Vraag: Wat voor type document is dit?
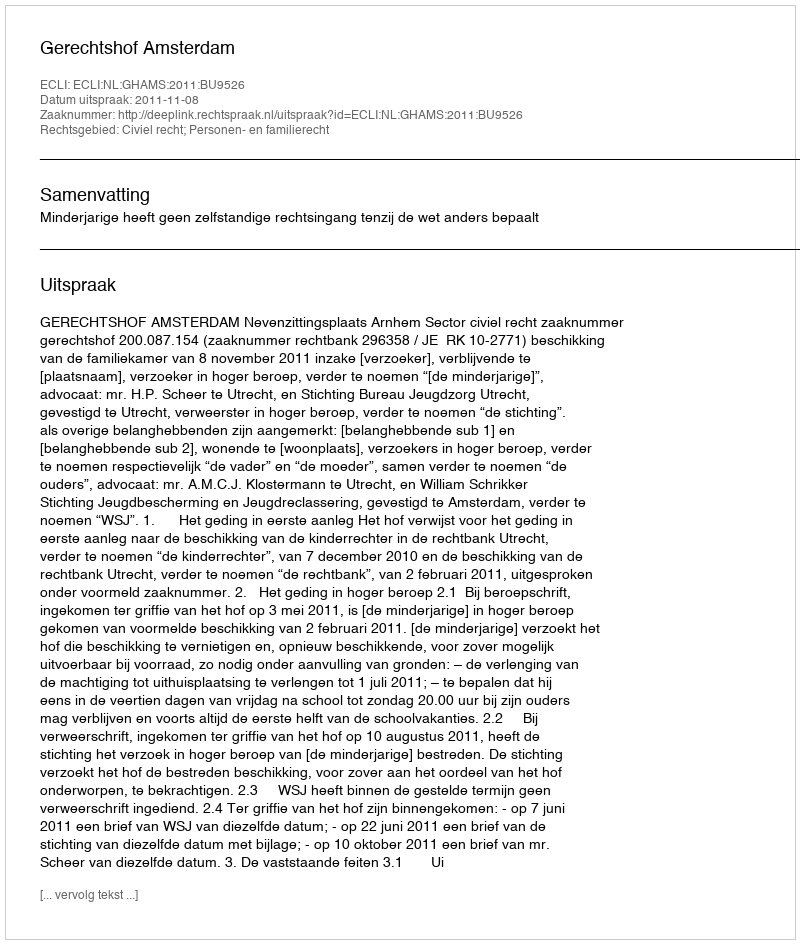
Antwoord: Uitspraak